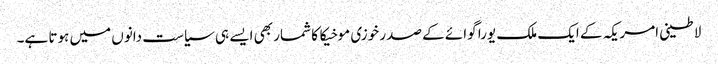
لاطینی امریکہ کے ایک ملک یورا گوائے کے صدر خوزی موخیکا کا شمار بھی ایسے ہی سیاست دانوں میں ہوتا ہے۔